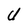
Character: U